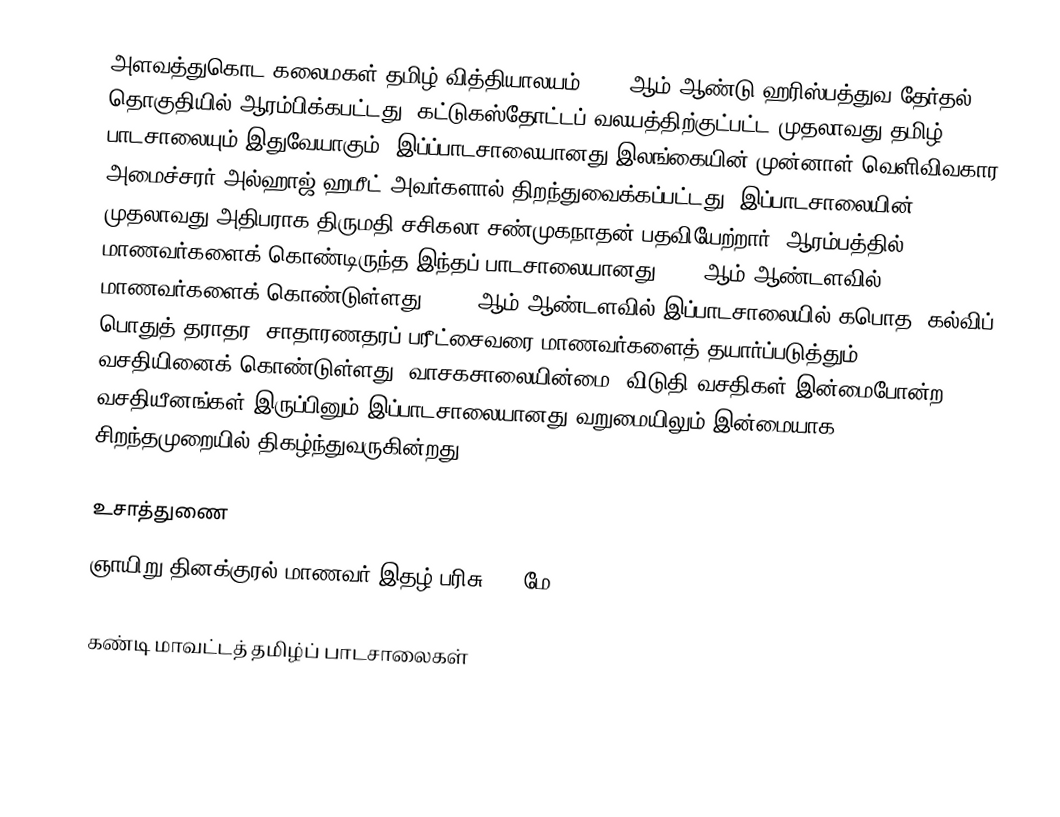
அளவத்துகொட கலைமகள் தமிழ் வித்தியாலயம் 1992 ஆம் ஆண்டு ஹரிஸ்பத்துவ தேர்தல் தொகுதியில் ஆரம்பிக்கபட்டது. கட்டுகஸ்தோட்டப் வலயத்திற்குட்பட்ட முதலாவது தமிழ் பாடசாலையும் இதுவேயாகும். இப்ப்பாடசாலையானது இலங்கையின் முன்னாள் வெளிவிவகார அமைச்சரர் அல்ஹாஜ் ஹமீட் அவர்களால் திறந்துவைக்கப்பட்டது. இப்பாடசாலையின் முதலாவது அதிபராக திருமதி சசிகலா சண்முகநாதன் பதவியேற்றார். ஆரம்பத்தில் 47 மாணவர்களைக் கொண்டிருந்த இந்தப் பாடசாலையானது 2007 ஆம் ஆண்டளவில் 380 மாணவர்களைக் கொண்டுள்ளது. 2004 ஆம் ஆண்டளவில் இப்பாடசாலையில் கபொத (கல்விப் பொதுத் தராதர) சாதாரணதரப் பரீட்சைவரை மாணவர்களைத் தயார்ப்படுத்தும் வசதியினைக் கொண்டுள்ளது. வாசகசாலையின்மை, விடுதி வசதிகள் இன்மைபோன்ற வசதியீனங்கள் இருப்பினும் இப்பாடசாலையானது வறுமையிலும் இன்மையாக சிறந்தமுறையில் திகழ்ந்துவருகின்றது.

உசாத்துணை
ஞாயிறு தினக்குரல் மாணவர் இதழ் பரிசு, 27 மே 2007.

கண்டி மாவட்டத் தமிழ்ப் பாடசாலைகள்